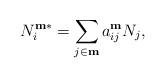
LaTeX: \begin{align*}N_i^{{\bf m}*} = \sum_{j\in \bf m} a_{ij}^{\bf m} N_j,\end{align*}